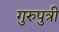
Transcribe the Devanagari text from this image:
गुरुपुत्री